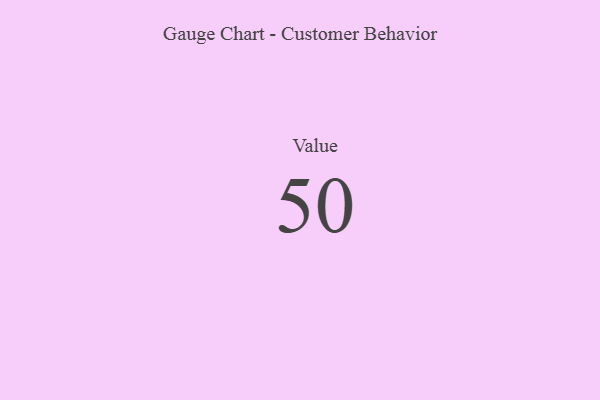
{"axis": {"x": "Metric", "y": "Value"}, "legend": [""], "data": [{"x": "Value", "y": 50, "type": ""}]}